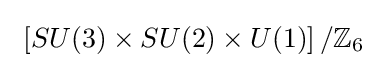
\ \left[SU(3)\times SU(2)\times U(1)\right]/\mathbb {Z} _{6}